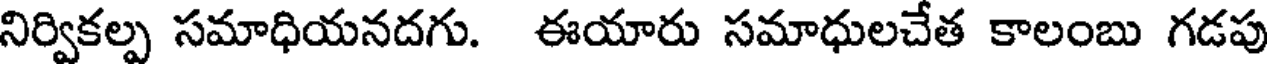
నిర్వికల్ప సమాధియనదగు. ఈయారు సమాధులచేత కాలంబు గడపు